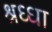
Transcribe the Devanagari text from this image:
श्रध्धा